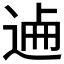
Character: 𨓘